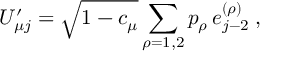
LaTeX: U _ { \mu j } ^ { \prime } = \sqrt { 1 - c _ { \mu } } \sum _ { \rho = 1 , 2 } p _ { \rho } \, e _ { j - 2 } ^ { ( \rho ) } \; ,